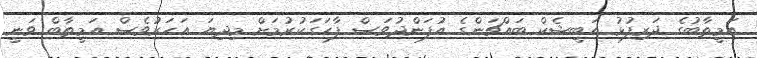
އަމީތާބުގެ ދަރިފުޅު އަބީޝެކް ބައްޗަންގެ އުފަންދުވަސް ފާހަގަކުރުމަށް މިދިޔަ އަހަރުވެސް އަމީތާބް ވަނީ